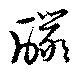
釅